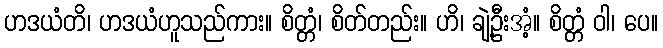
ဟဒယံတိ၊ ဟဒယံဟူသည်ကား။ စိတ္တံ၊ စိတ်တည်း။ ဟိ၊ ချဲ့ဦးအံ့။ စိတ္တံ ဝါ၊ ပေ။